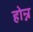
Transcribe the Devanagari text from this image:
होन्न